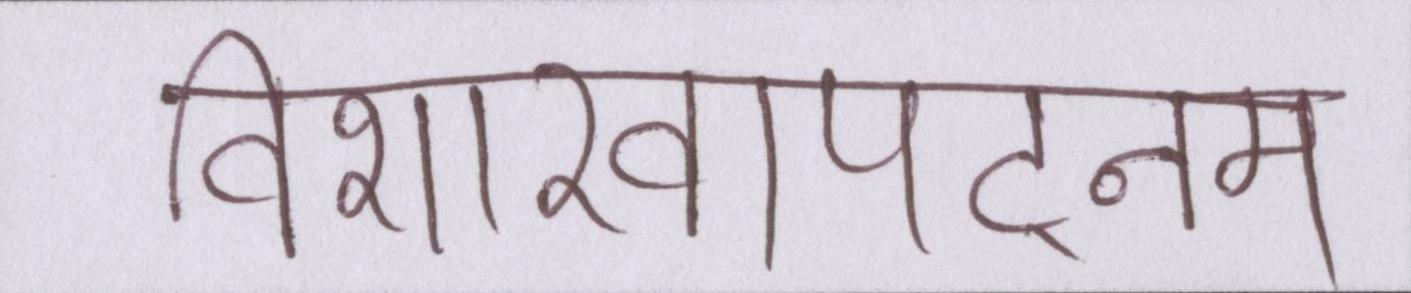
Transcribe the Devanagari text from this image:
विशाखापट्नम